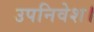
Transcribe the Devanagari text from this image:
उपनिवेश।